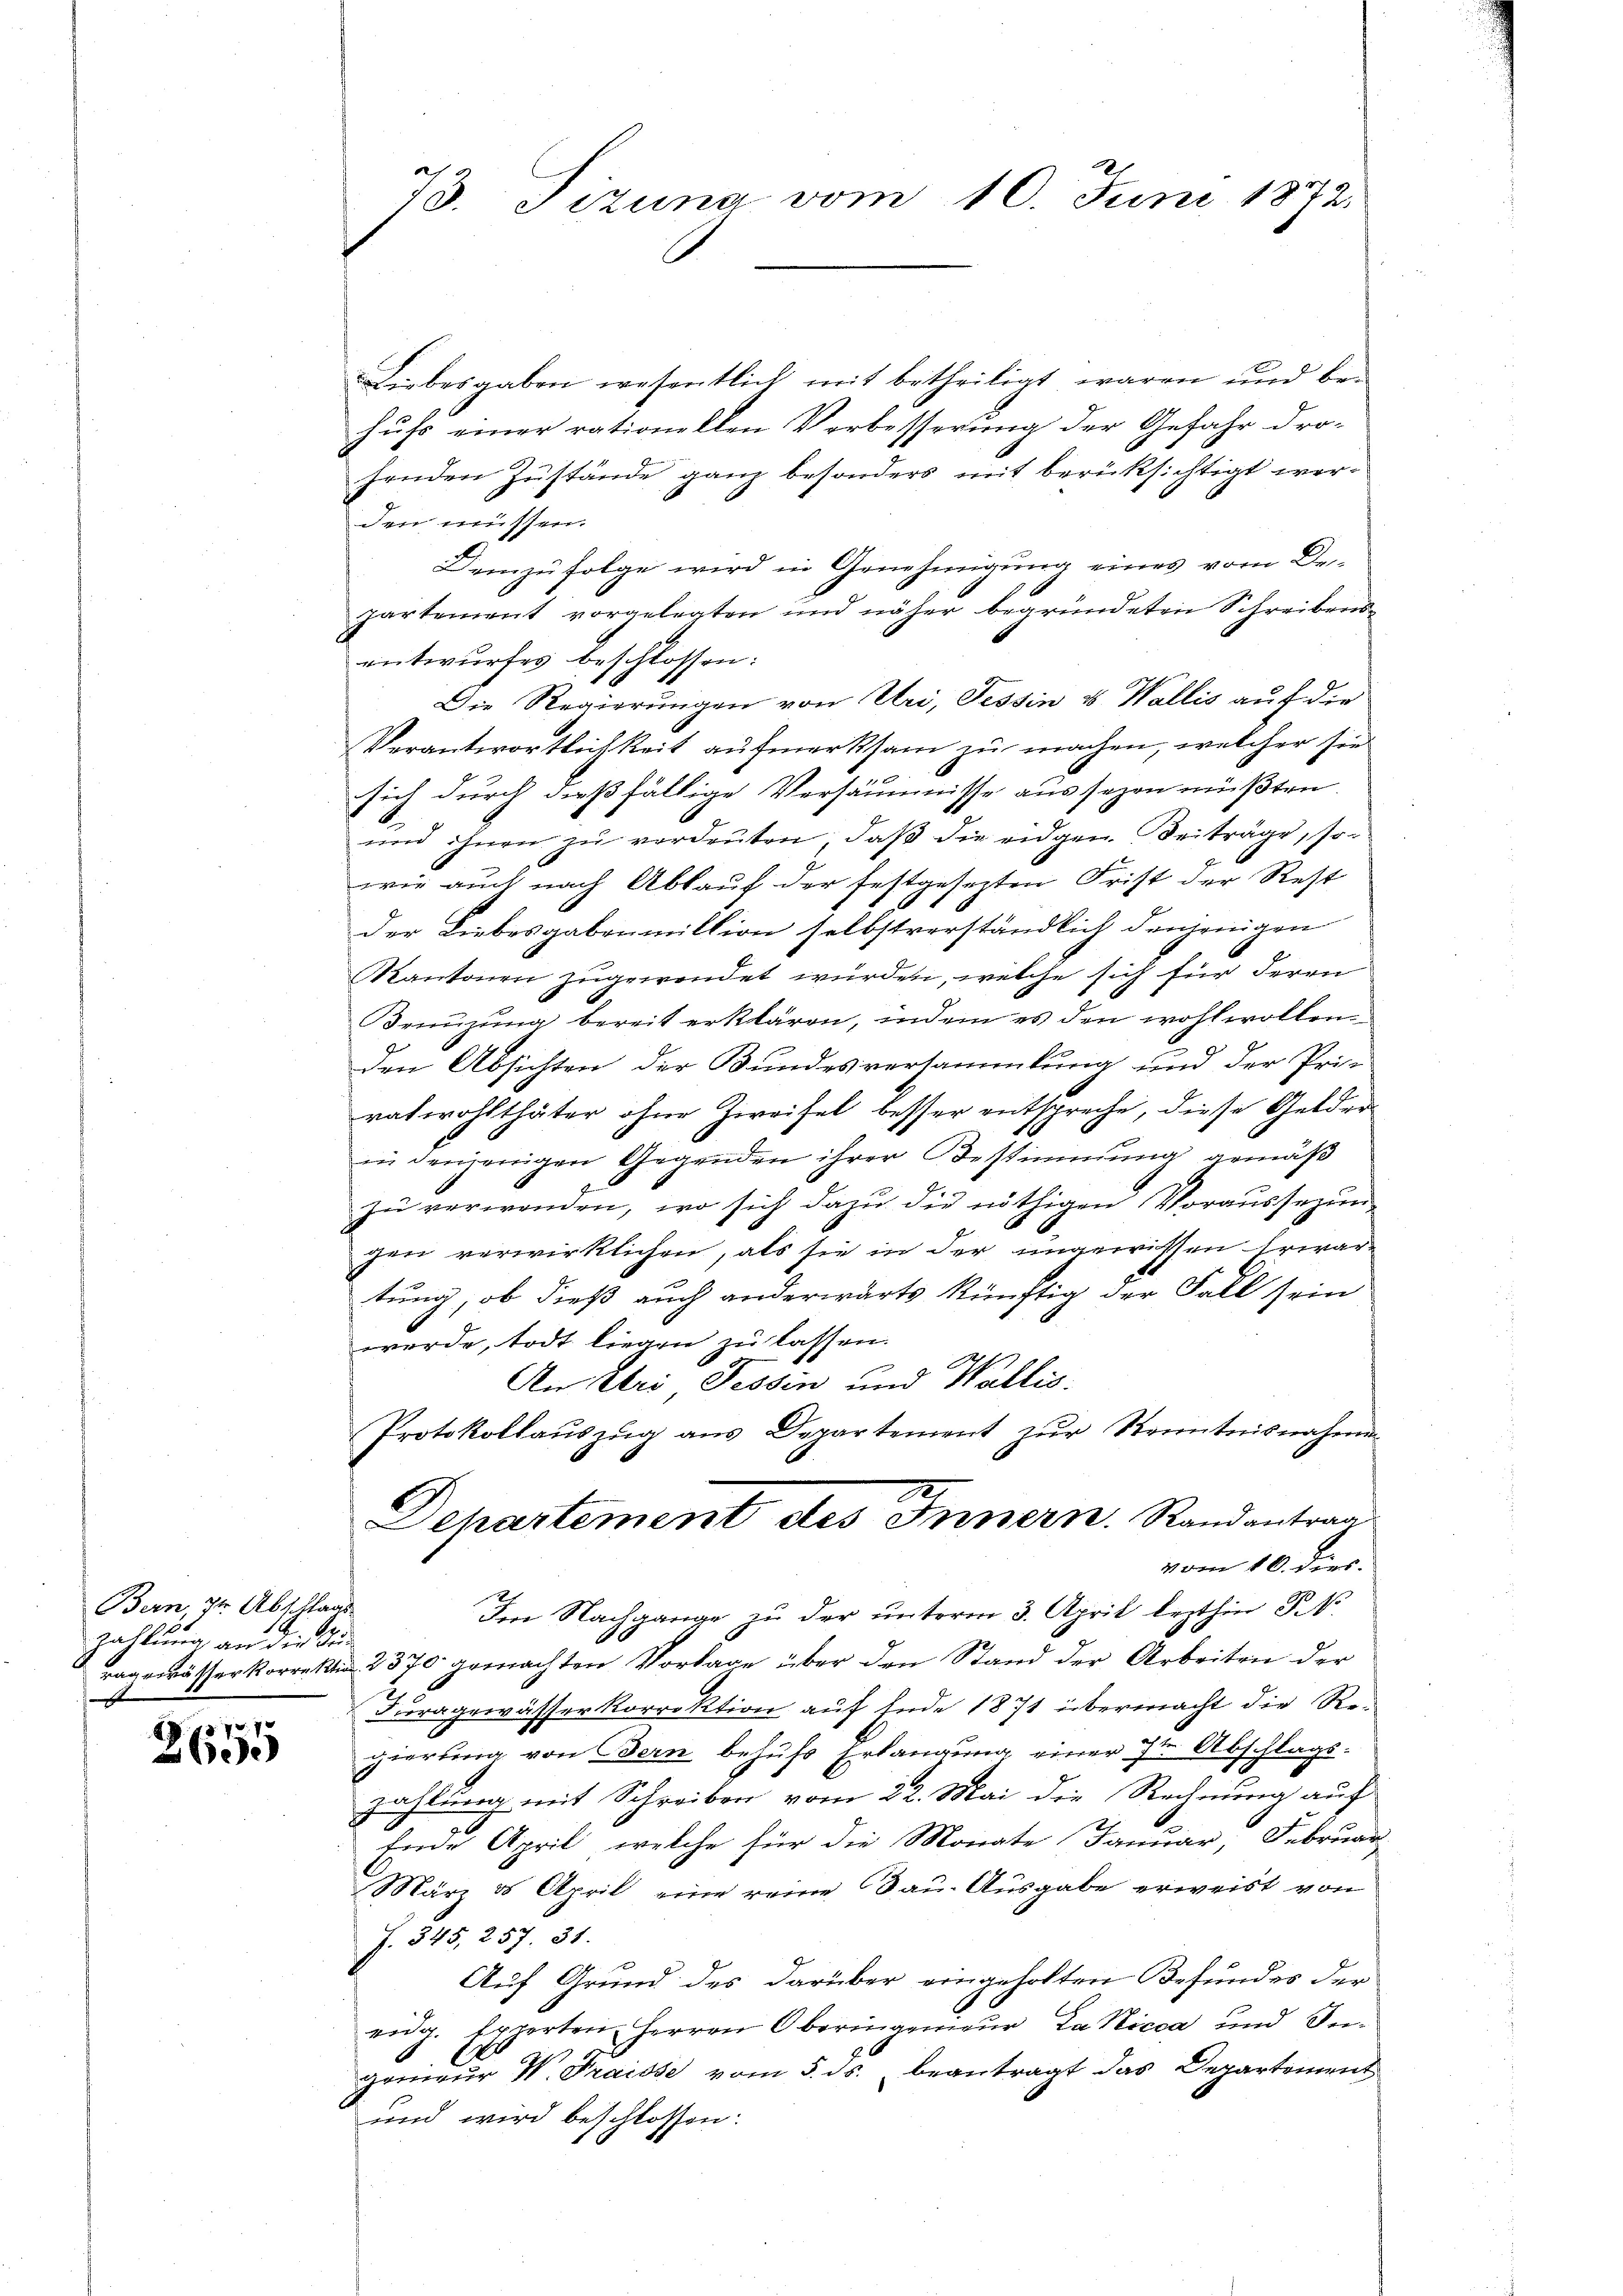
Bern Dr. Abschlags
zahlung an die Zu¬
 |

770
2600

73. Tizung vom 10. Juni 1872.

Liebesgaben wesentlich mit betheiligt waren und be-
hufs einer rationellen Verbesserung der Gefahr dro-
henden Zustände ganz besonders mit berücksichtigt werden müssen.
Demzufolge wird in Genehmigung eines vom De-
partement vorgelegten und näher begründeten Schreibensentwurfes beschlossen:
Die Regierungen von Uri, Tessin u. Wallis auf die
Verantwortlichkeit aufmerksam zu machen, welcher sie
sich durch dießfällige Versäumnisse aus sagen müßten.
und ihnen zŭ verdeuten, daβ die eidgen. Beiträge, so
wie auch nach Ablauf der festgesezten Frist der Rest
der Liebesgabenmillion selbstverständlich denjenigen
Kantonen zugewendet würden, welche sich für deren
Drnüzung bereit erklären, indem es den wohlwollen
den Absichten der Bundesversammlung und der Pri-
ratwohlthäter ohne Zweifel besser entspreche, diese Gelder
in denjenigen Gegenden ihrer Bestimmung gemäß
zŭ verwenden, wo sich dazu die nöthigen Voraussezun-
gen verwirklichen, als sie in der ungewissen - Erwartung, ob dieß auch anderwärts künftig der Fall sein
werde, todt liegen zu lassen.
An Uri Tessin und Wallis.
Protokollaŭszŭg ans Departement zŭr Kenntnisnahmen
Departement des Innern. Randantrag
vom 10. Dier.
Im Nachgange zu der unterm 3. April lezthin S.
agewässer Korrektion 2370 gemachten Vorlage über den Stand der Arbeiten der
Furagewässerkorrektion auf Ende 1871 übermacht die Regierung von Bern behufs Erlangung einer 7ten Abschlags-
zahlung mit Schreiben vom 22. Mai die Rechnung auf
Ende April, welche für die Monate Januar, Februar
März ds April eine reine Bau-Ausgabe erweist von
J. 545, 257. 31.
Auf Grund des darüber eingeholten Befundes der
eidg. Experten Herren Oberingenieur Lanicca und In¬
.
gonieur W. Fraisse vom 5. ds. beantragt das Departement
und wird beschlossen: